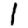
Digit: 1